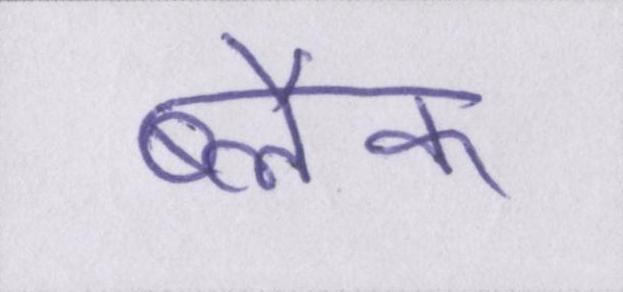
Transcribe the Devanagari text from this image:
ब्लैक